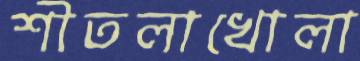
শীতলাখোলা